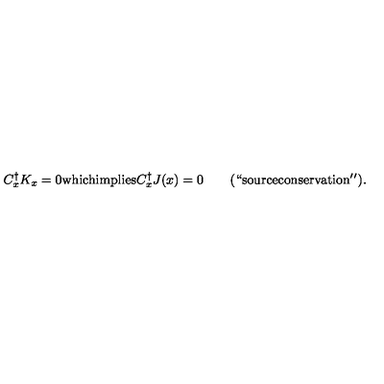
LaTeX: C _ { x } ^ { \dagger } K _ { x } = 0 \mathrm { w h i c h i m p l i e s } C _ { x } ^ { \dagger } J ( x ) = 0 \qquad \mathrm { ( ` ` s o u r c e c o n s e r v a t i o n ' ' ) } .